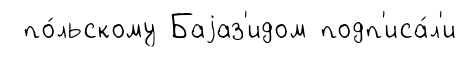
по́льскому Баjаз'идом подп'иса́л'и